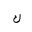
Letter: _kaf